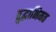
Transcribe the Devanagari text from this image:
बुद्धाभिमत